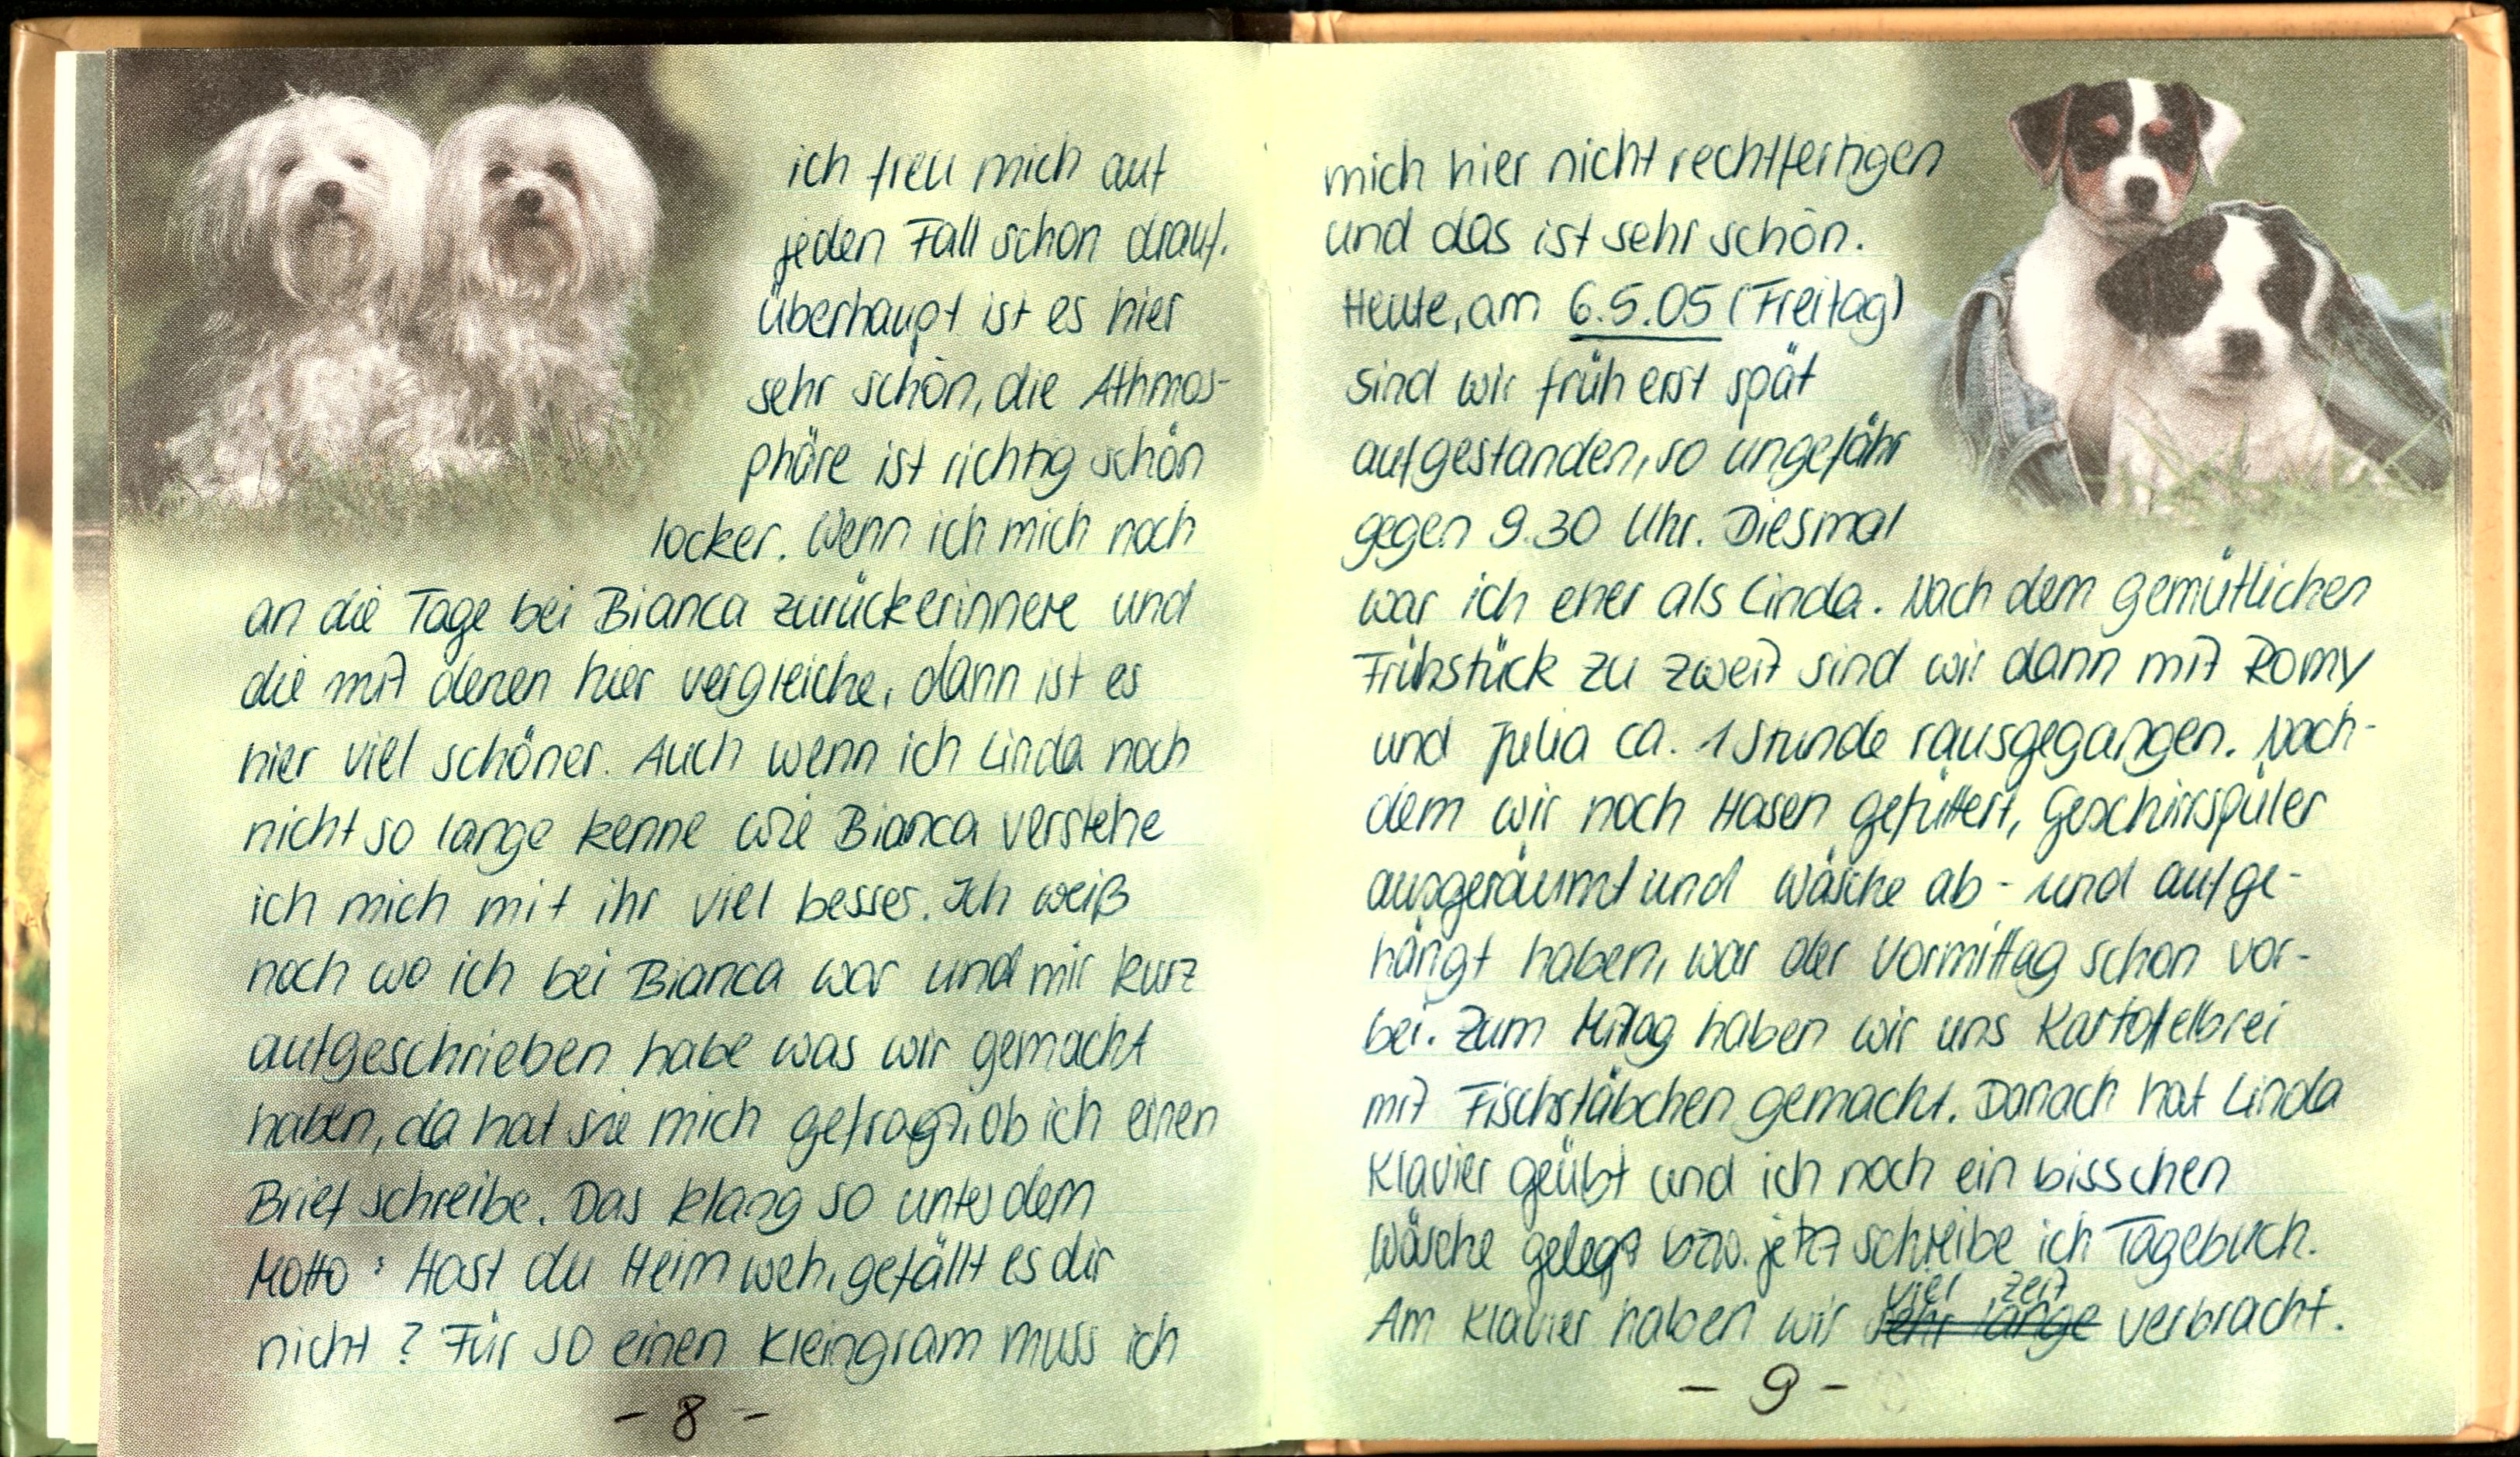
ich freu mich auf
jeden Fall schon drauf,
überhaupt ist es hier
sehr schön, die Athmos-
phäre ist richtig schön
locker. Wenn ich mich noch
an die Tage bei Bianca zurückerinnere und
die mit denen hier vergleiche, dann ist es
hier viel schöner. Auch wenn ich Linda noch
nicht so lange kenne wie Bianca verstehe
ich mich mit ihr viel besser. Ich weiß
noch wo ich bei Bianca war und mir kurz
aufgeschrieben habe was wir gemacht
haben, da hat sie mich gefragt, ob ich einen
Brief schreibe. Das klang so unter dem
Motto: Hast du Heinweh, gefällt es dir
nicht? Für so einen Kleingram muss ich

mich hier nicht rechtfertigen
und das ist sehr schön.
Heute, am 6.5.05 (Freitag)
sind wir früh erst spät
aufgestanden, so ungefähr
gegen 9.30 Uhr. Diesmal
war ich eher als Linda. Nach dem gemütlichen
Frühstück zu zweit sind wir dann mit Romy
und Julia ca. 1 Stunde rausgegangen. Nach
dem wir noch Hasen gefüttert, Geschirrspüler
ausgeräumt und Wäsche ab - und aufge-
hängt haben, war der Vormittag schon vor-
bei. Zum Mittag haben wir uns Kartoffelbrei
mit Fischstäbchen gemacht. Danach hat Linda
Klavier geübt und ich noch ein bisschen
Wäsche gelegt bzw. jetzt schreibe ich Tagebuch.
Am Klavier haben wir viel Zeit verbracht.